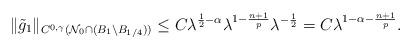
LaTeX: \begin{align*}\|\tilde{g}_1\|_{C^{0,\gamma}(\mathcal{N}_{0}\cap (B_{1}\setminus B_{1/4}))}\leq C\lambda^{\frac{1}{2}-\alpha}\lambda^{1-\frac{n+1}{p}}\lambda^{-\frac{1}{2}}=C\lambda^{1-\alpha-\frac{n+1}{p}}.\end{align*}